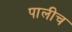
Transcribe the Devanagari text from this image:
पालीच